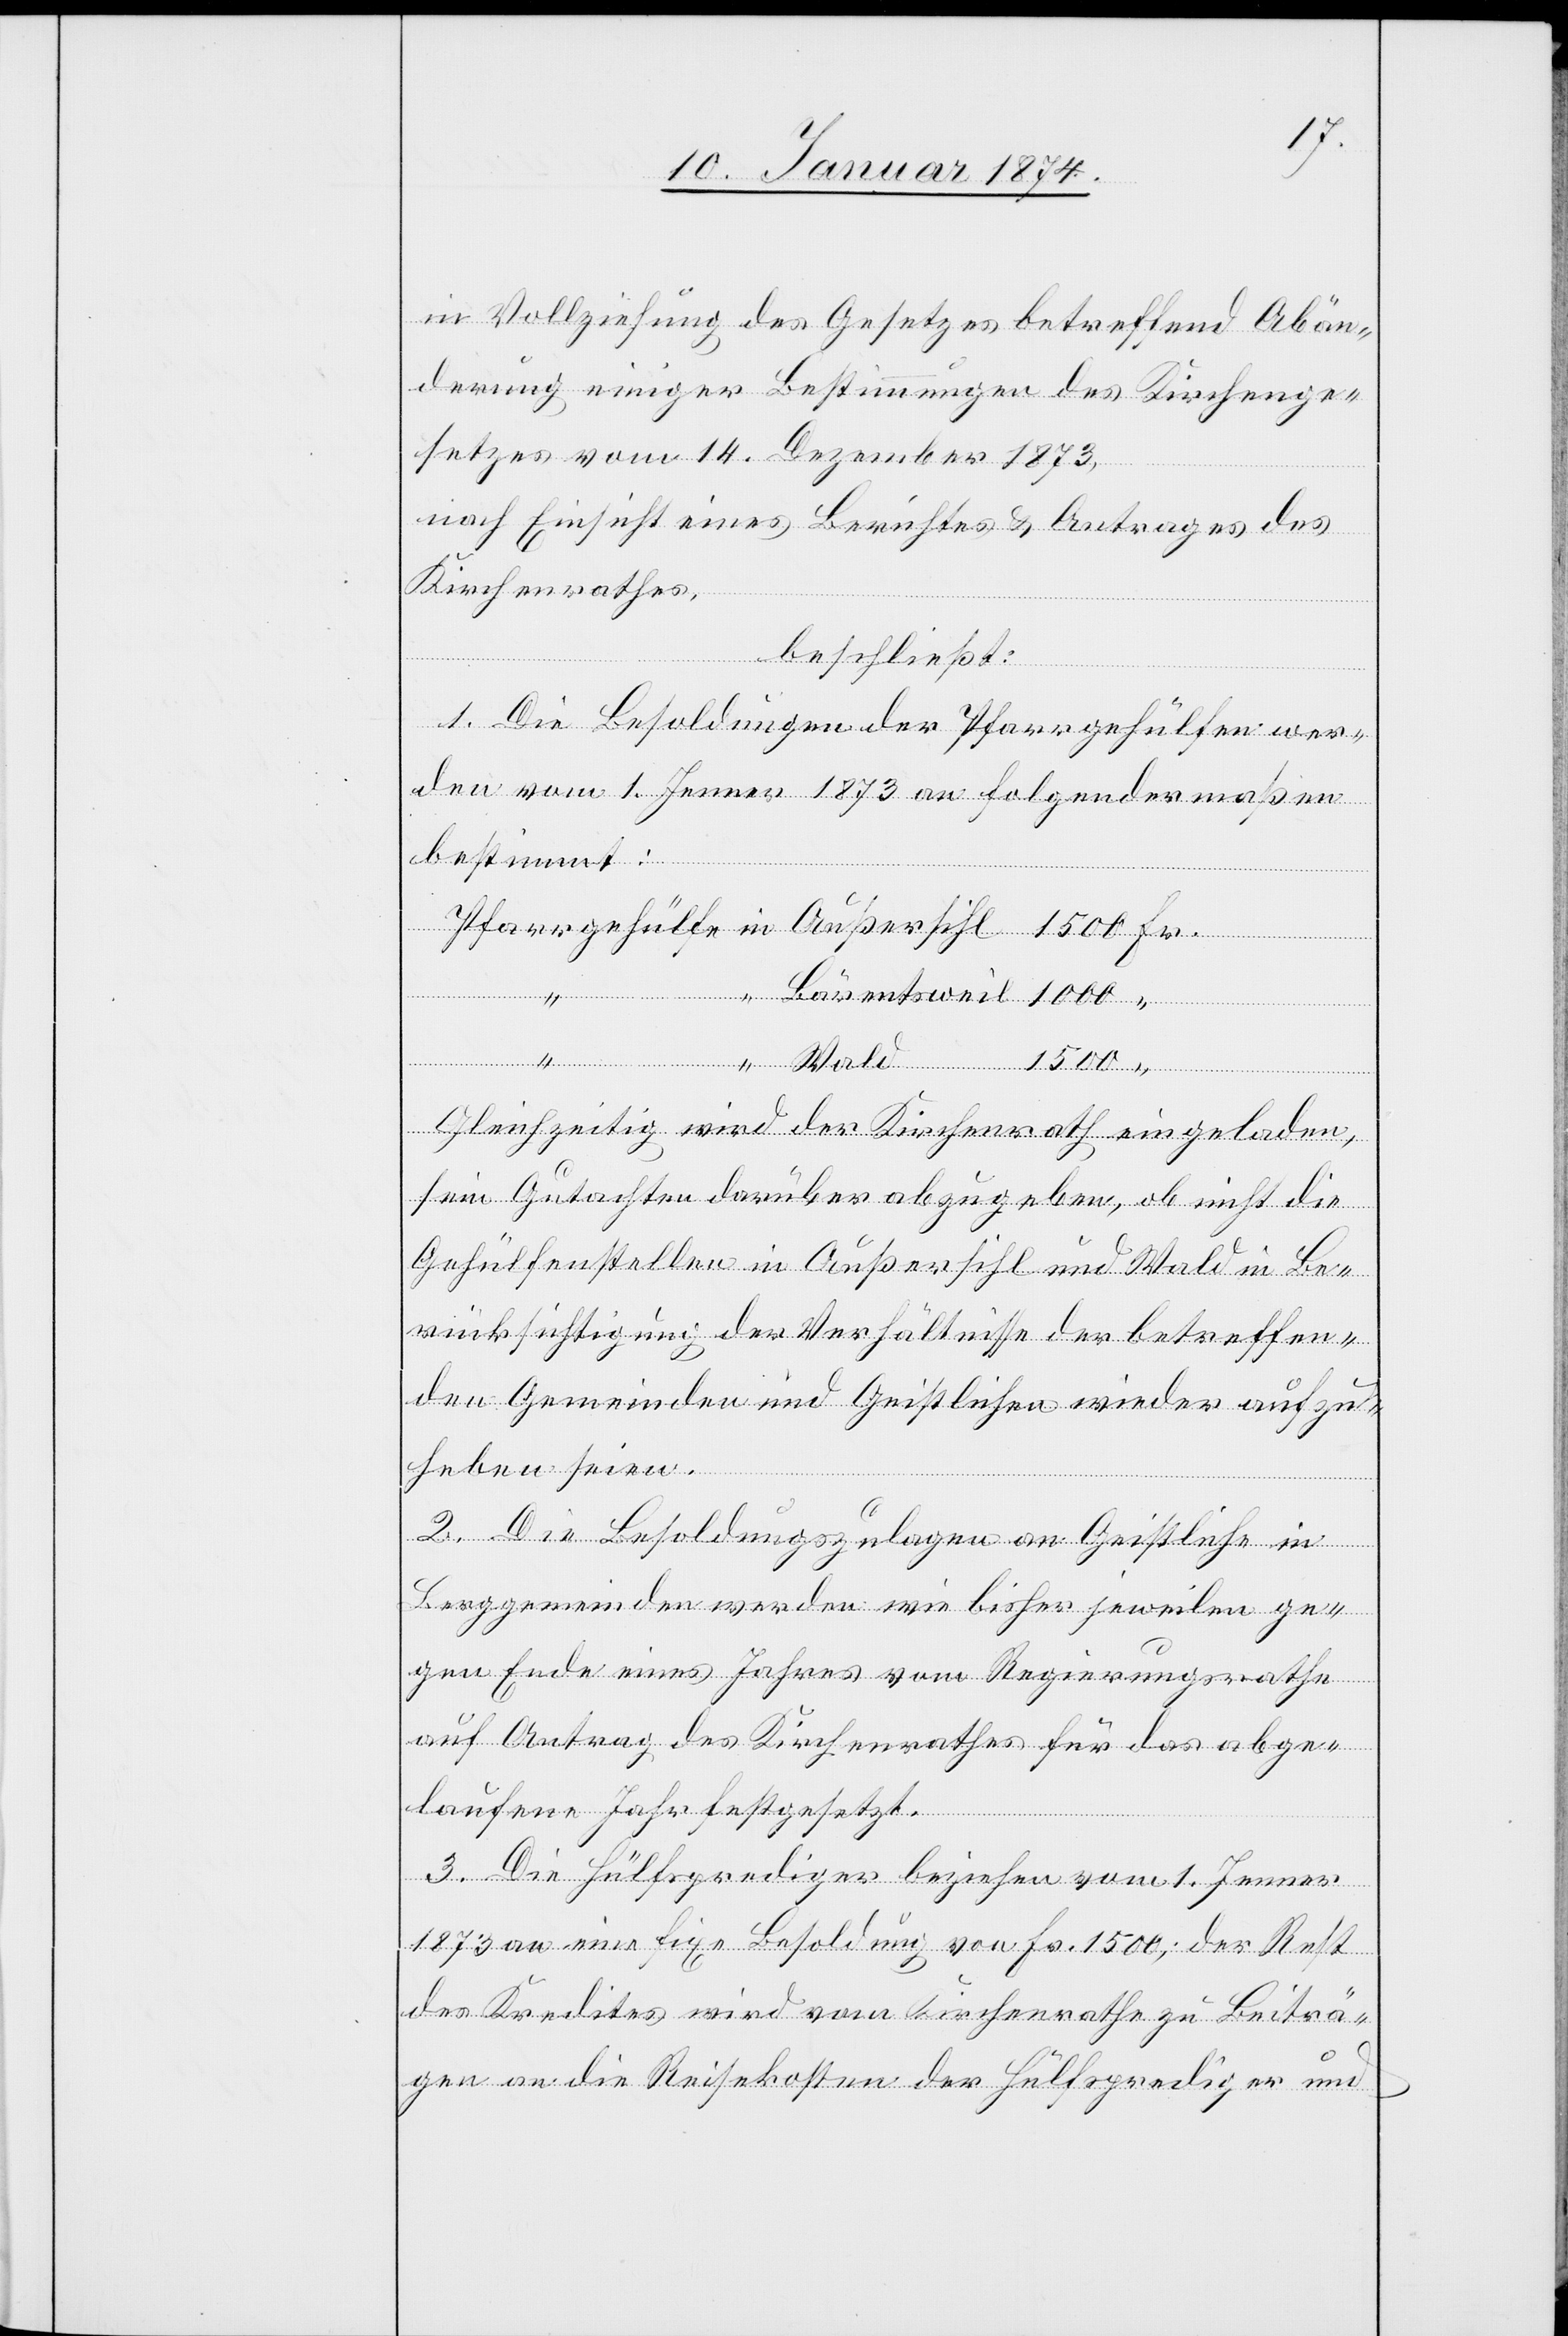
in Vollziehung, des Gesetzes betreffend Abän¬
derung einiger Bestimmungen des Kirchenge¬
setzes vom 14. Dezember 1873,
nach Einsicht eines Berichtes & Antrages des
Kirchenrathes,
beschließt:
1. Die Besoldungen der Pfarrgehülfen wer¬
den vom 1. Jenner 1873 an folgendermaßen
bestimmt:
Pfarrgehülfe in Außersihl 1500 Fr.
“ Bärentsweil 1000 “
Gleichzeitig wir der Kirchenrath eingeladen,
sein Gutachten darüber abzugeben, ob nicht die
Gehülfenstellen in Außersihl und Wald in Be¬
rücksichtigung der Verhältnisse der betreffen¬
den Gemeinden und Geistlichen wieder aufzu¬
heben seien.
2. Die Besoldungszulagen an Geistliche in
Berggemeinden werden wie bisher jeweilen ge¬
gen Ende eines Jahres vom Regierungsrathe
auf Antrag des Kirchenrathes für das abge¬
laufene Jahr festgesetzt.
3. Die Hülfsprediger beziehen vom 1. Jenner
1873 an eine fixe Besoldung von Fr. 1500; der Rest
des Kredites wird vom Kirchenrathe zu Beiträ¬
gen an die Reisekosten der Hülfsprediger und